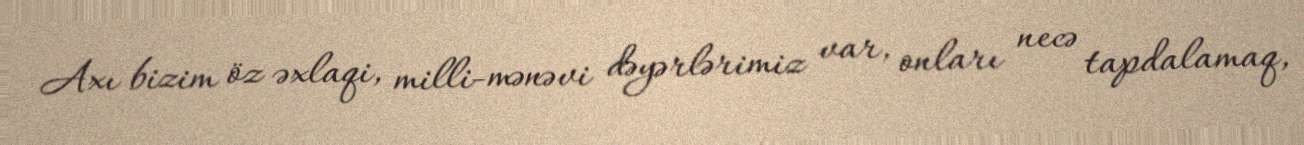
Axı bizim öz əxlaqi, milli-mənəvi dəyərlərimiz var, onları necə tapdalamaq,